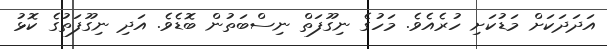
އަދަދަކަށް މަޑުކަށި ހުރެއެވެ. މަހުގެ ނިގޫފަތް ނިސްބަތުން ބޮޑެވެ. އަދި ނިގޫފަތުގެ ކޮޅު